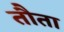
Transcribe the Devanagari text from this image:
तौता